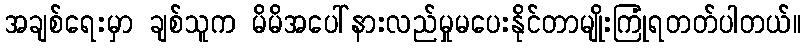
အချစ်ရေးမှာ ချစ်သူက မိမိအပေါ်နားလည်မှုမပေးနိုင်တာမျိုးကြုံရတတ်ပါတယ်။